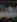
معبد